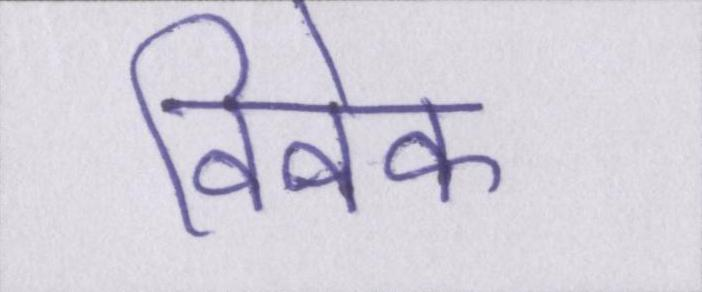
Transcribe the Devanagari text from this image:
विवेक